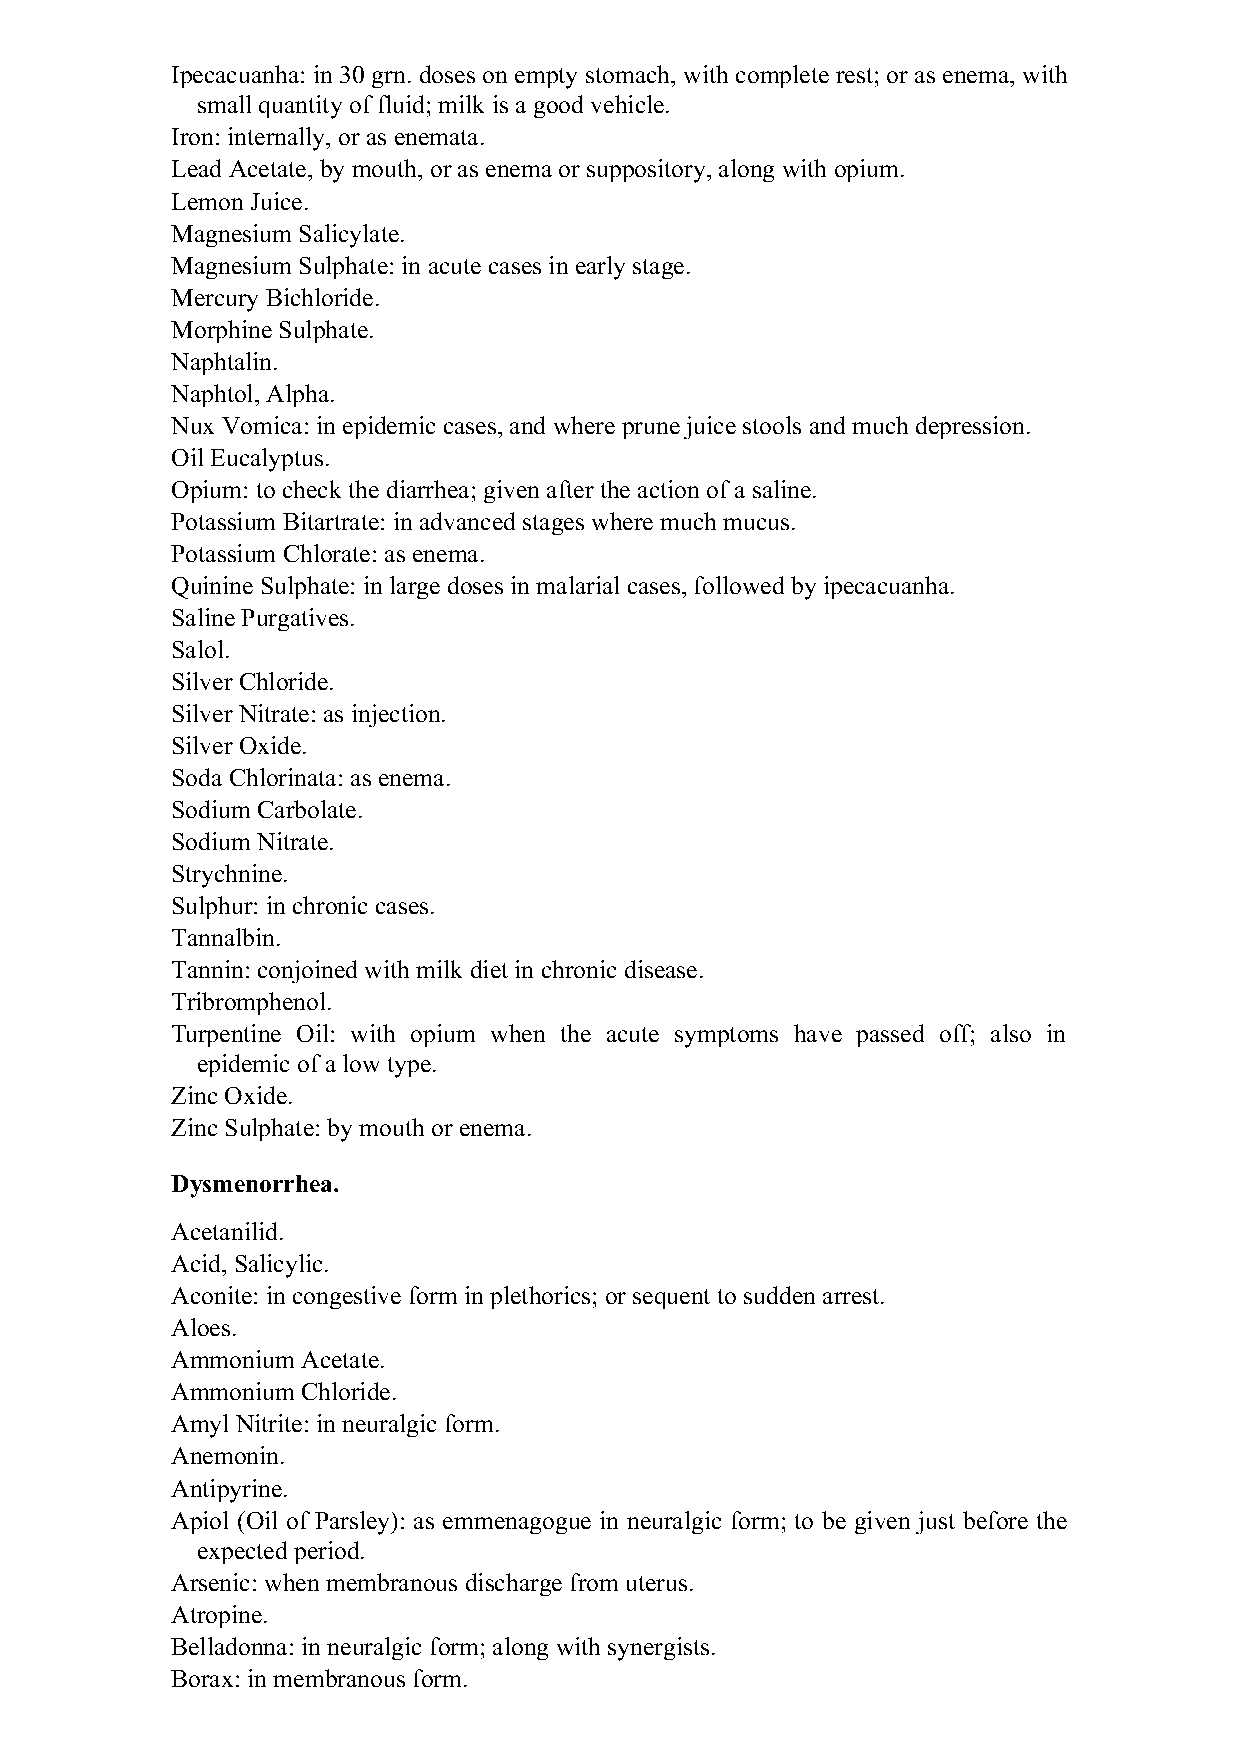
Ipecacuanha: in 30 grn. doses on empty stomach, with complete rest; or as enema, with
 small quantity of fluid; milk is a good vehicle.
 Iron: internally, or as enemata.
 Lead Acetate, by mouth, or as enema or suppository, along with opium.
 Lemon Juice.
 Magnesium Salicylate.
 Magnesium Sulphate: in acute cases in early stage.
 Mercury Bichloride.
 Morphine Sulphate.
 Naphtalin.
 Naphtol, Alpha.
 Nux Vomica: in epidemic cases, and where prune juice stools and much depression.
 Oil Eucalyptus.
 Opium: to check the diarrhea; given after the action of a saline.
 Potassium Bitartrate: in advanced stages where much mucus.
 Potassium Chlorate: as enema.
 Quinine Sulphate: in large doses in malarial cases, followed by ipecacuanha.
 Saline Purgatives.
 Salol.
 Silver Chloride.
 Silver Nitrate: as injection.
 Silver Oxide.
 Soda Chlorinata: as enema.
 Sodium Carbolate.
 Sodium Nitrate.
 Strychnine.
 Sulphur: in chronic cases.
 Tannalbin.
 Tannin: conjoined with milk diet in chronic disease.
 Tribromphenol.
 Turpentine Oil: with opium when the acute symptoms have passed off; also in
 epidemic of a low type.
 Zinc Oxide.
 Zinc Sulphate: by mouth or enema.
 Dysmenorrhea.
 Acetanilid.
 Acid, Salicylic.
 Aconite: in congestive form in plethorics; or sequent to sudden arrest.
 Aloes.
 Ammonium Acetate.
 Ammonium Chloride.
 Amyl Nitrite: in neuralgic form.
 Anemonin.
 Antipyrine.
 Apiol (Oil of Parsley): as emmenagogue in neuralgic form; to be given just before the
 expected period.
 Arsenic: when membranous discharge from uterus.
 Atropine.
 Belladonna: in neuralgic form; along with synergists.
 Borax: in membranous form.